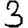
Digit: 3